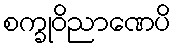
စက္ခုဝိညာဏေပိ